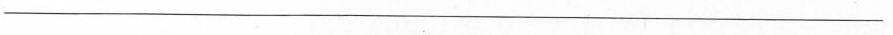
___